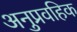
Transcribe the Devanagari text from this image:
अनुप्रवहिक